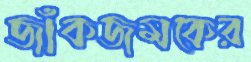
জাঁকজমকের